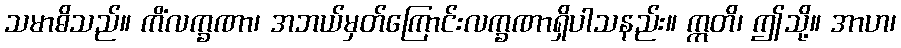
သမာဓိသည်။ ကိံလက္ခဏာ၊ အဘယ်မှတ်ကြောင်းလက္ခဏာရှိပါသနည်း။ ဣတိ၊ ဤသို့။ အာဟ၊